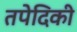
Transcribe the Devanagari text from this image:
तपेदिकी